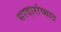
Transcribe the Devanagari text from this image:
सरदारांच्यात